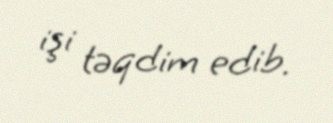
işi təqdim edib.